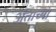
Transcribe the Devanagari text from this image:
अंताच्या